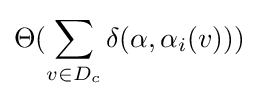
\Theta (\sum _{v\in D_{c}}\delta (\alpha ,\alpha _{i}(v)))